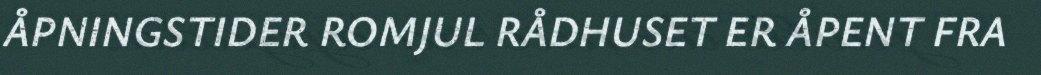
ÅPNINGSTIDER ROMJUL RÅDHUSET ER ÅPENT FRA